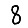
Digit: 8